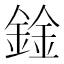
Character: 鍂